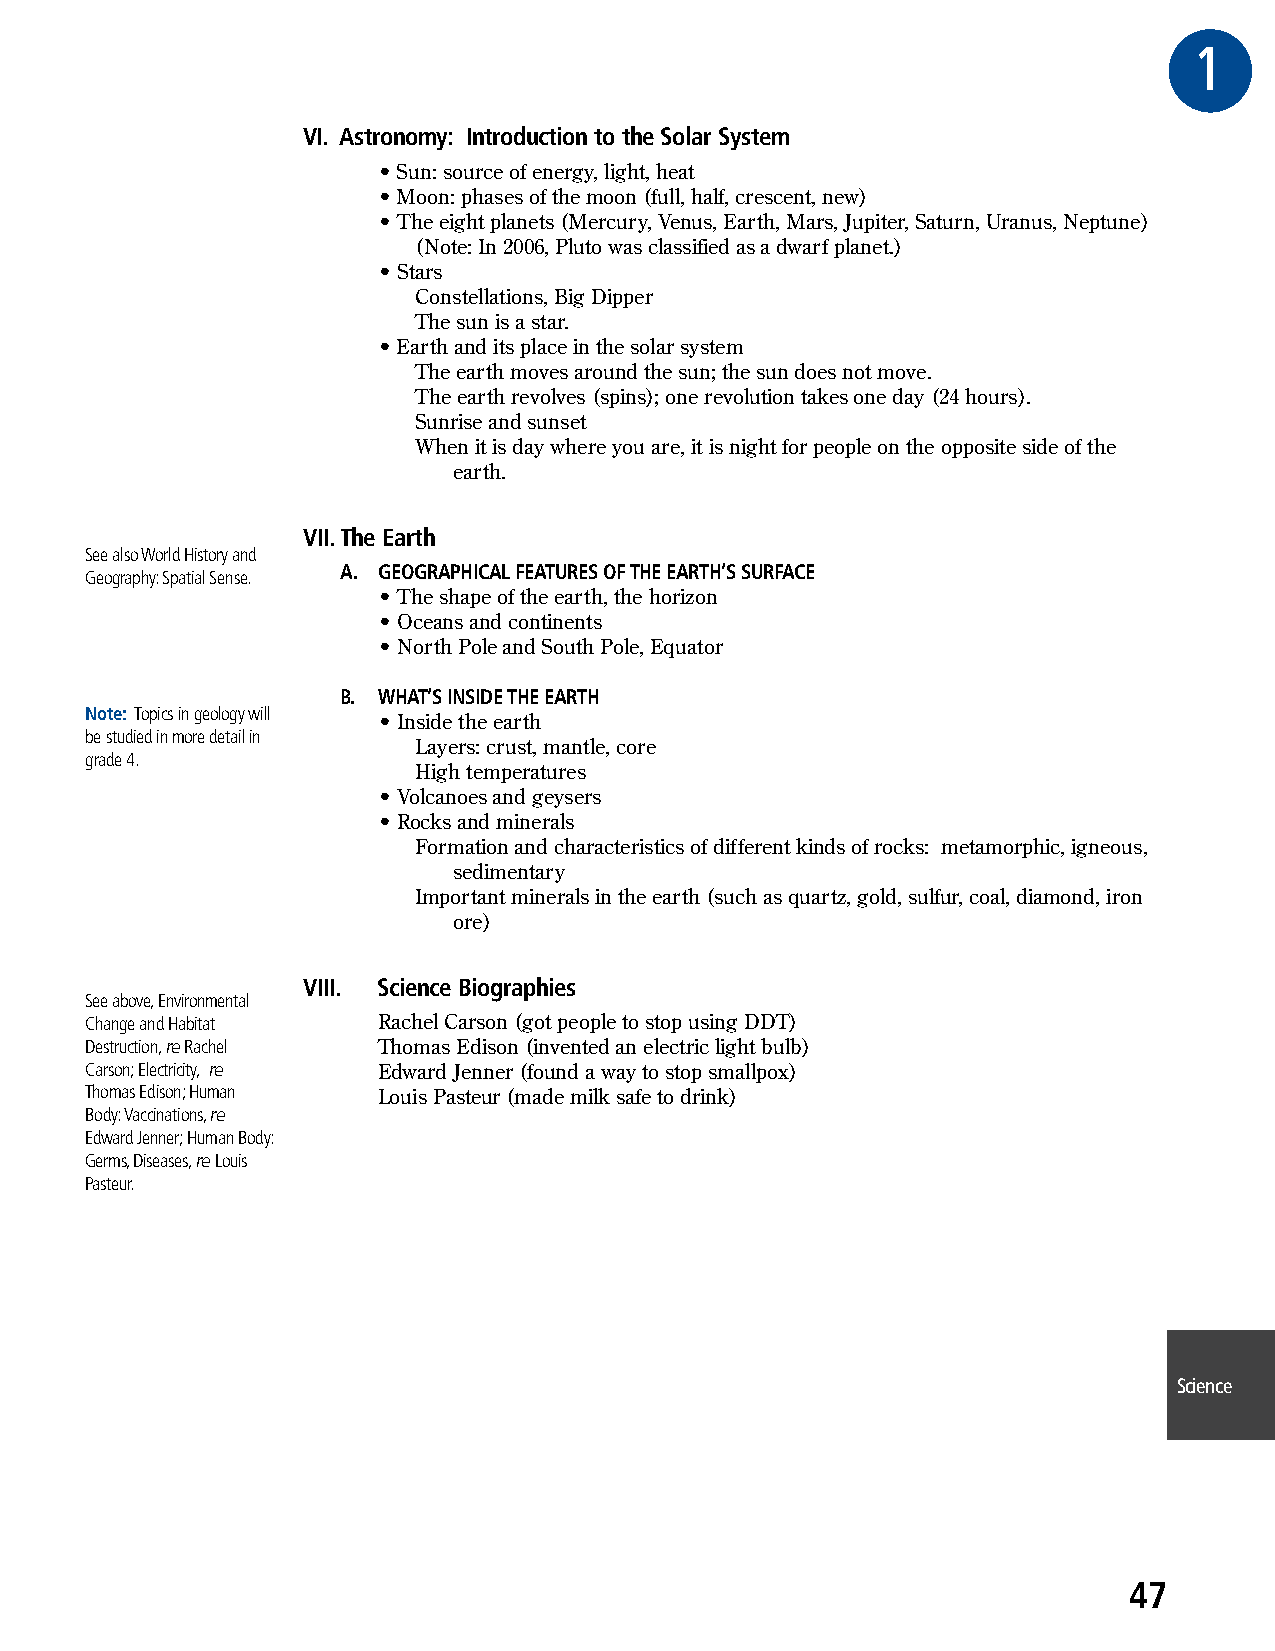
G#1GRAREDE
 VI. Astronomy: Introduction to the Solar System
 • Sun: source of energy, light, heat
 • Moon: phases of the moon (full, half, crescent, new)
 • The eight planets (Mercury, Venus, Earth, Mars, Jupiter, Saturn, Uranus, Neptune)
 (Note: In 2006, Pluto was classified as a dwarf planet.)
 • Stars
 Constellations, Big Dipper
 The sun is a star.
 • Earth and its place in the solar system
 The earth moves around the sun; the sun does not move.
 The earth revolves (spins); one revolution takes one day (24 hours).
 Sunrise and sunset
 When it is day where you are, it is night for people on the opposite side of the
 earth.
 VII. The Earth
 See also World History and
 A. GEOGRAPHICAL FEATURES OF THE EARTH’S SURFACE
 Geography: Spatial Sense.
 • The shape of the earth, the horizon
 • Oceans and continents
 • North Pole and South Pole, Equator
 B. WHAT’S INSIDE THE EARTH
 Note: Topics in geology will
 • Inside the earth
 be studied in more detail in
 Layers: crust, mantle, core
 grade 4.
 High temperatures
 • Volcanoes and geysers
 • Rocks and minerals
 Formation and characteristics of different kinds of rocks: metamorphic, igneous,
 sedimentary
 Important minerals in the earth (such as quartz, gold, sulfur, coal, diamond, iron
 ore)
 VIII. Science Biographies
 See above, Environmental
 Change and Habitat Rachel Carson (got people to stop using DDT)
 Destruction, re Rachel Thomas Edison (invented an electric light bulb)
 Carson; Electricity, re Edward Jenner (found a way to stop smallpox)
 Thomas Edison; Human Louis Pasteur (made milk safe to drink)
 Body: Vaccinations, re
 Edward Jenner; Human Body:
 Germs, Diseases, re Louis
 Pasteur.
 Science
 47